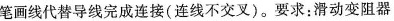
笔画线代替导线完成连接(连线不交叉)。要求：滑动变阻器